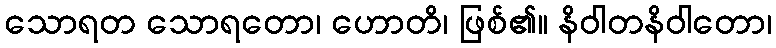
သောရတ သောရတော၊ ဟောတိ၊ ဖြစ်၏။ နိဝါတနိဝါတော၊